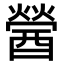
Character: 醟